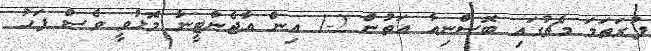
ފުރަތަމަ މެޗުގައި ބޮސްނިއާ އަތުން 2-1 އިން އާޖެންޓީނާ މޮޅުވީ ވެސް ފަހު